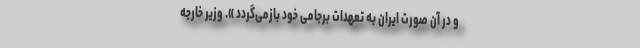
و در آن صورت ایران به تعهدات برجامی خود بازمی‌گردد ». وزیر خارجه